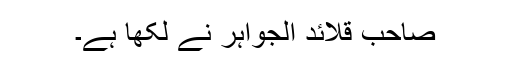
صاحب قلائد الجواہر نے لکھا ہے۔